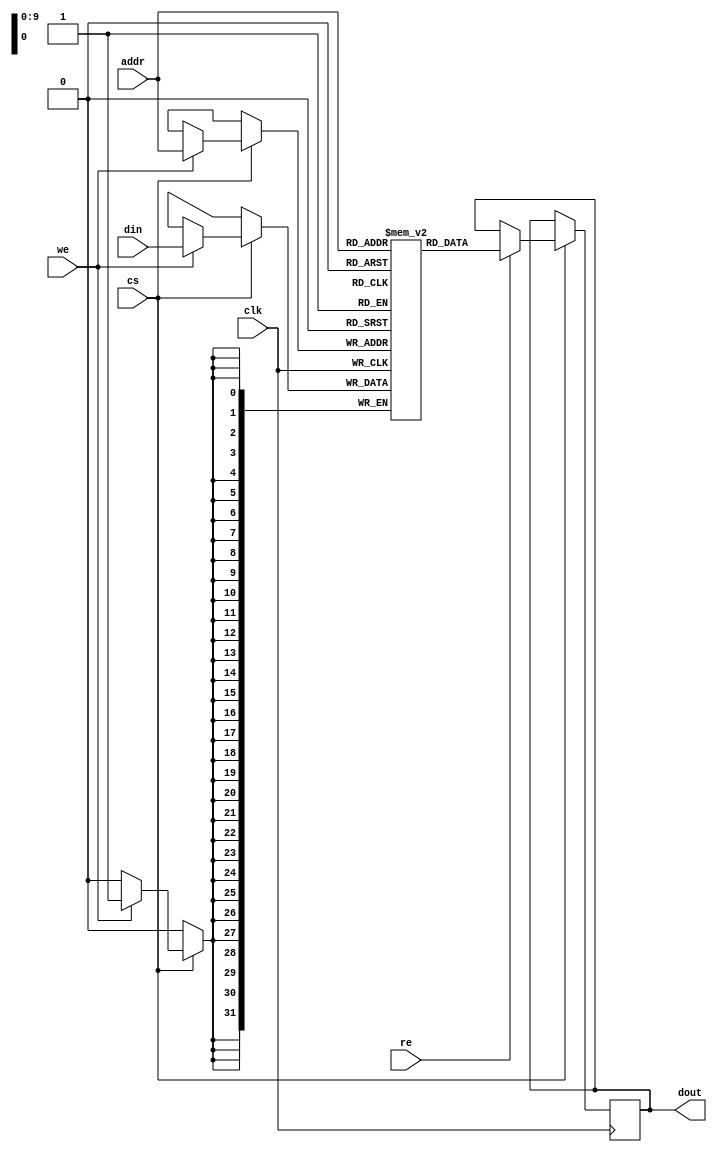
module bram #(
    parameter DATA_WIDTH = 32,  // Width of the data bus (in bits)
    parameter ADDR_WIDTH = 10    // Width of the address bus (in bits)
)(
    input wire clk,              // Clock signal
    input wire cs,               // Chip Select
    input wire we,               // Write Enable
    input wire re,               // Read Enable
    input wire [ADDR_WIDTH-1:0] addr, // Address bus
    input wire [DATA_WIDTH-1:0] din,   // Data input
    output reg [DATA_WIDTH-1:0] dout    // Data output
);

    // Memory array declaration
    reg [DATA_WIDTH-1:0] memory [(2**ADDR_WIDTH)-1:0];

    // Initialization block (optional)
    initial begin
        // You can initialize memory here if needed
        // For example: memory[0] = 32'hDEADBEEF;
    end

    // Read and Write operations
    always @(posedge clk) begin
        if (cs) begin
            if (we) begin
                // Write operation
                memory[addr] <= din;
            end
            if (re) begin
                // Read operation
                dout <= memory[addr];
            end
        end
    end

endmodule